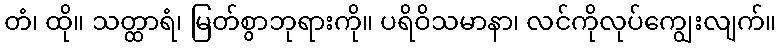
တံ၊ ထို။ သတ္ထာရံ၊ မြတ်စွာဘုရားကို။ ပရိဝိသမာနာ၊ လင်ကိုလုပ်ကျွေးလျက်။